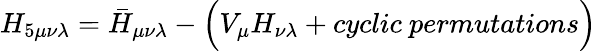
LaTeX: H_{5\mu\nu\lambda}=\bar{H}_{\mu\nu\lambda}-\Bigl(V_{\mu}H_{\nu\lambda}+cyclic~permutations\Bigr)